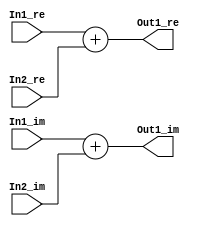
// -------------------------------------------------------------
// 
// 
// Generated by MATLAB 9.8 and HDL Coder 3.16
// 
// -------------------------------------------------------------


// -------------------------------------------------------------
// 
// Module: Complex_Sum1_block27
// Source Path: newhope_cambios/FDHT/DFT_2/DFT5-block_IDFT/DFT5-column 1/DFT5-4/Complex-Sum1
// Hierarchy Level: 5
// 
// -------------------------------------------------------------

`timescale 1 ns / 1 ns

module Complex_Sum1_block27
          (In1_re,
           In1_im,
           In2_re,
           In2_im,
           Out1_re,
           Out1_im);


  input   signed [36:0] In1_re;  // sfix37_En22
  input   signed [36:0] In1_im;  // sfix37_En22
  input   signed [36:0] In2_re;  // sfix37_En22
  input   signed [36:0] In2_im;  // sfix37_En22
  output  signed [36:0] Out1_re;  // sfix37_En22
  output  signed [36:0] Out1_im;  // sfix37_En22


  wire signed [36:0] Sum_out1;  // sfix37_En22
  wire signed [36:0] Sum1_out1;  // sfix37_En22


  assign Sum_out1 = In1_re + In2_re;



  assign Out1_re = Sum_out1;

  assign Sum1_out1 = In1_im + In2_im;



  assign Out1_im = Sum1_out1;

endmodule  // Complex_Sum1_block27